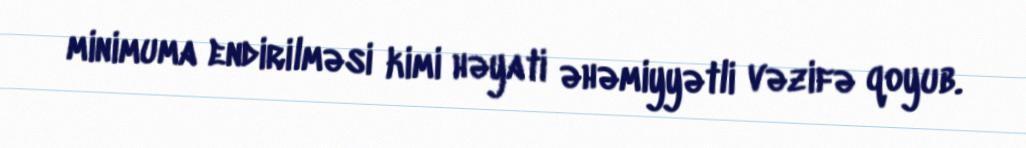
minimuma endirilməsi kimi həyati əhəmiyyətli vəzifə qoyub.